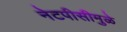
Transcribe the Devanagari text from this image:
नेटपीसीमुळे